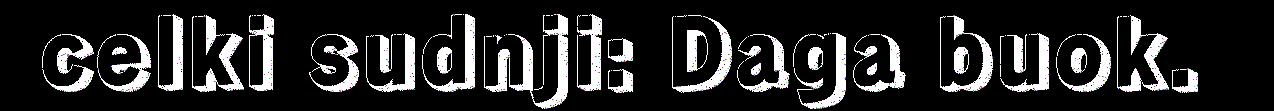
celki sudnji: Daga buok.